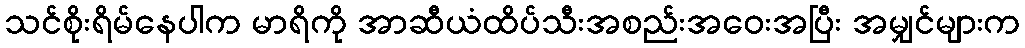
သင်စိုးရိမ်နေပါက မာရိကို အာဆီယံထိပ်သီးအစည်းအဝေးအပြီး အမျှင်များက